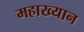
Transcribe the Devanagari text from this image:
महाख्यान